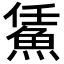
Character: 𩷀